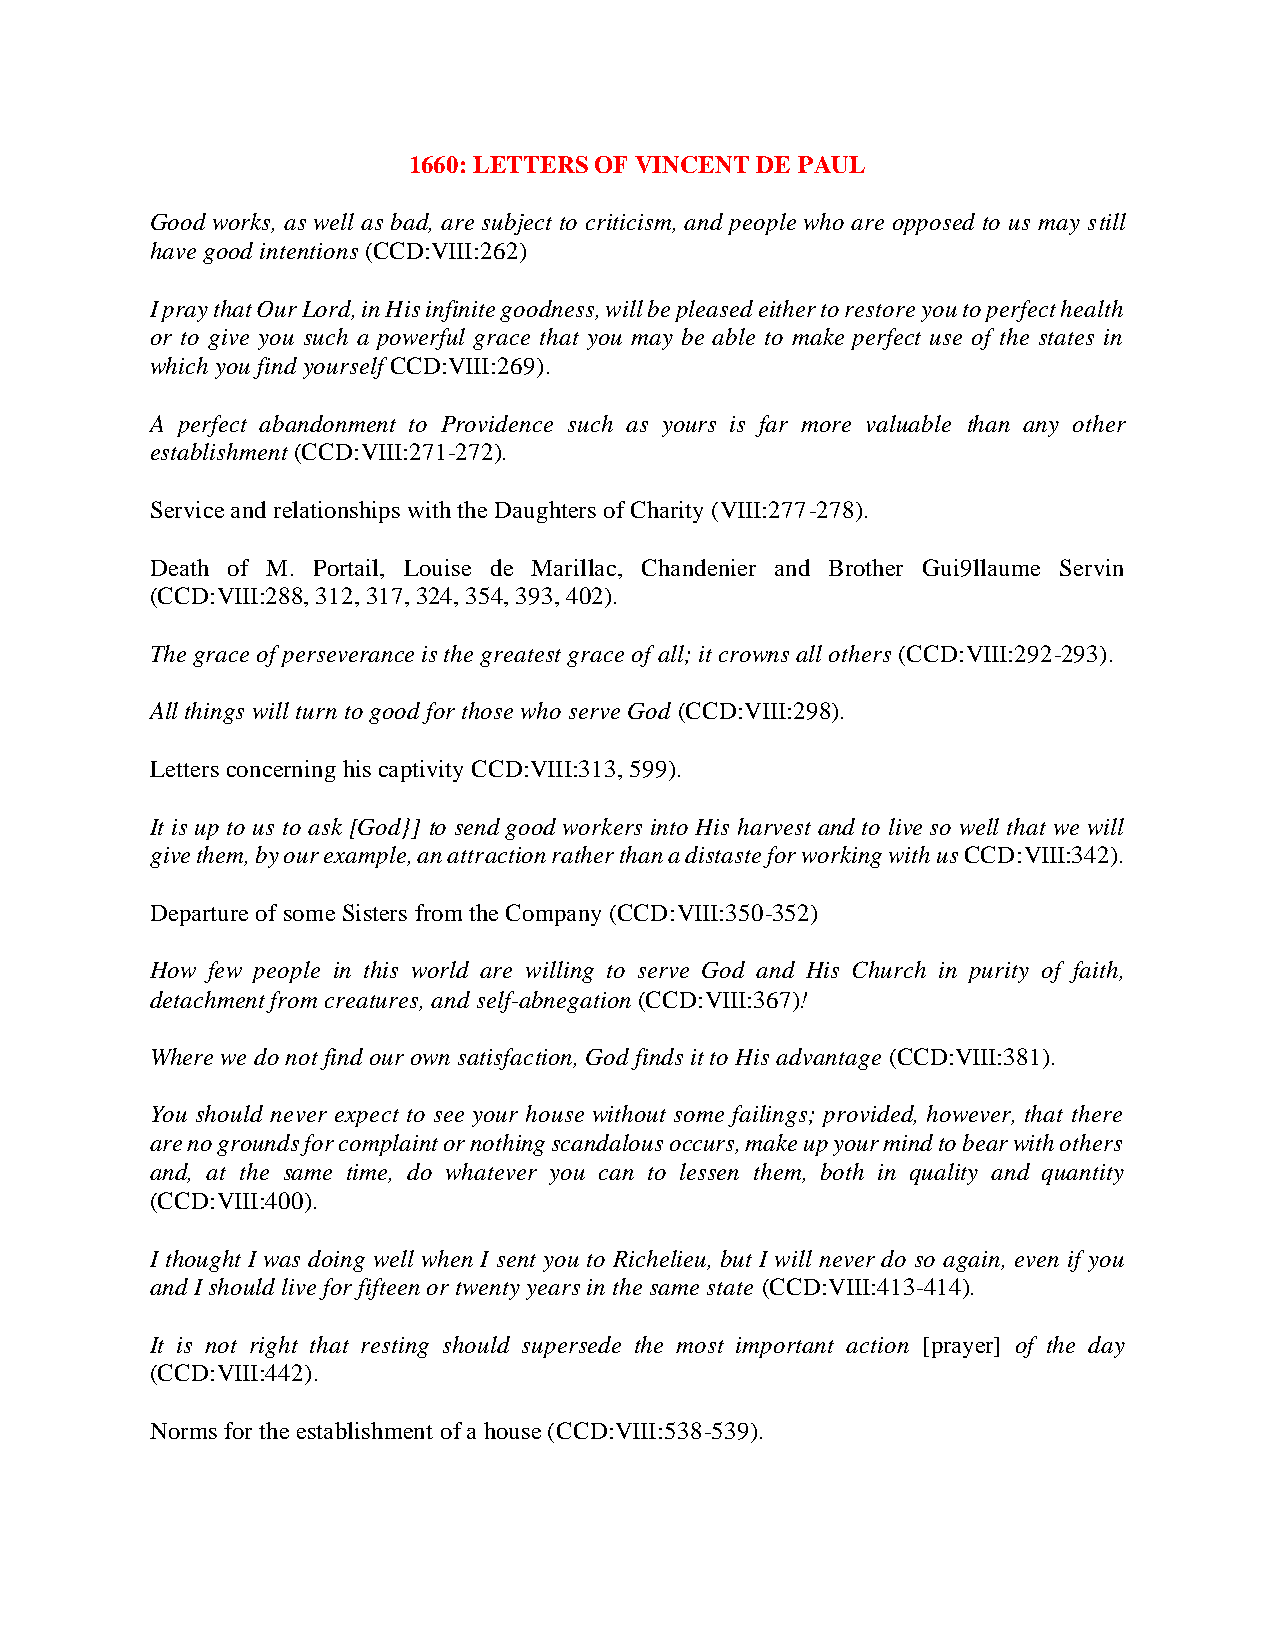
1660: LETTERS OF VINCENT DE PAUL
 Good works, as well as bad, are subject to criticism, and people who are opposed to us may still
 have good intentions (CCD:VIII:262)
 I pray that Our Lord, in His infinite goodness, will be pleased either to restore you to perfect health
 or to give you such a powerful grace that you may be able to make perfect use of the states in
 which you find yourself CCD:VIII:269).
 A perfect abandonment to Providence such as yours is far more valuable than any other
 establishment (CCD:VIII:271-272).
 Service and relationships with the Daughters of Charity (VIII:277-278).
 Death of M. Portail, Louise de Marillac, Chandenier and Brother Gui9llaume Servin
 (CCD:VIII:288, 312, 317, 324, 354, 393, 402).
 The grace of perseverance is the greatest grace of all; it crowns all others (CCD:VIII:292-293).
 All things will turn to good for those who serve God (CCD:VIII:298).
 Letters concerning his captivity CCD:VIII:313, 599).
 It is up to us to ask [God}] to send good workers into His harvest and to live so well that we will
 give them, by our example, an attraction rather than a distaste for working with us CCD:VIII:342).
 Departure of some Sisters from the Company (CCD:VIII:350-352)
 How few people in this world are willing to serve God and His Church in purity of faith,
 detachment from creatures, and self-abnegation (CCD:VIII:367)!
 Where we do not find our own satisfaction, God finds it to His advantage (CCD:VIII:381).
 You should never expect to see your house without some failings; provided, however, that there
 are no grounds for complaint or nothing scandalous occurs, make up your mind to bear with others
 and, at the same time, do whatever you can to lessen them, both in quality and quantity
 (CCD:VIII:400).
 I thought I was doing well when I sent you to Richelieu, but I will never do so again, even if you
 and I should live for fifteen or twenty years in the same state (CCD:VIII:413-414).
 It is not right that resting should supersede the most important action [prayer] of the day
 (CCD:VIII:442).
 Norms for the establishment of a house (CCD:VIII:538-539).